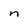
Character: n